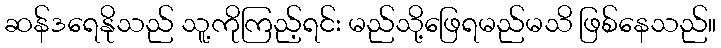
ဆန်ဒရေနိုသည် သူ့ကိုကြည့်ရင်း မည်သို့ဖြေရမည်မသိ ဖြစ်နေသည်။